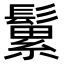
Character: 𩮹